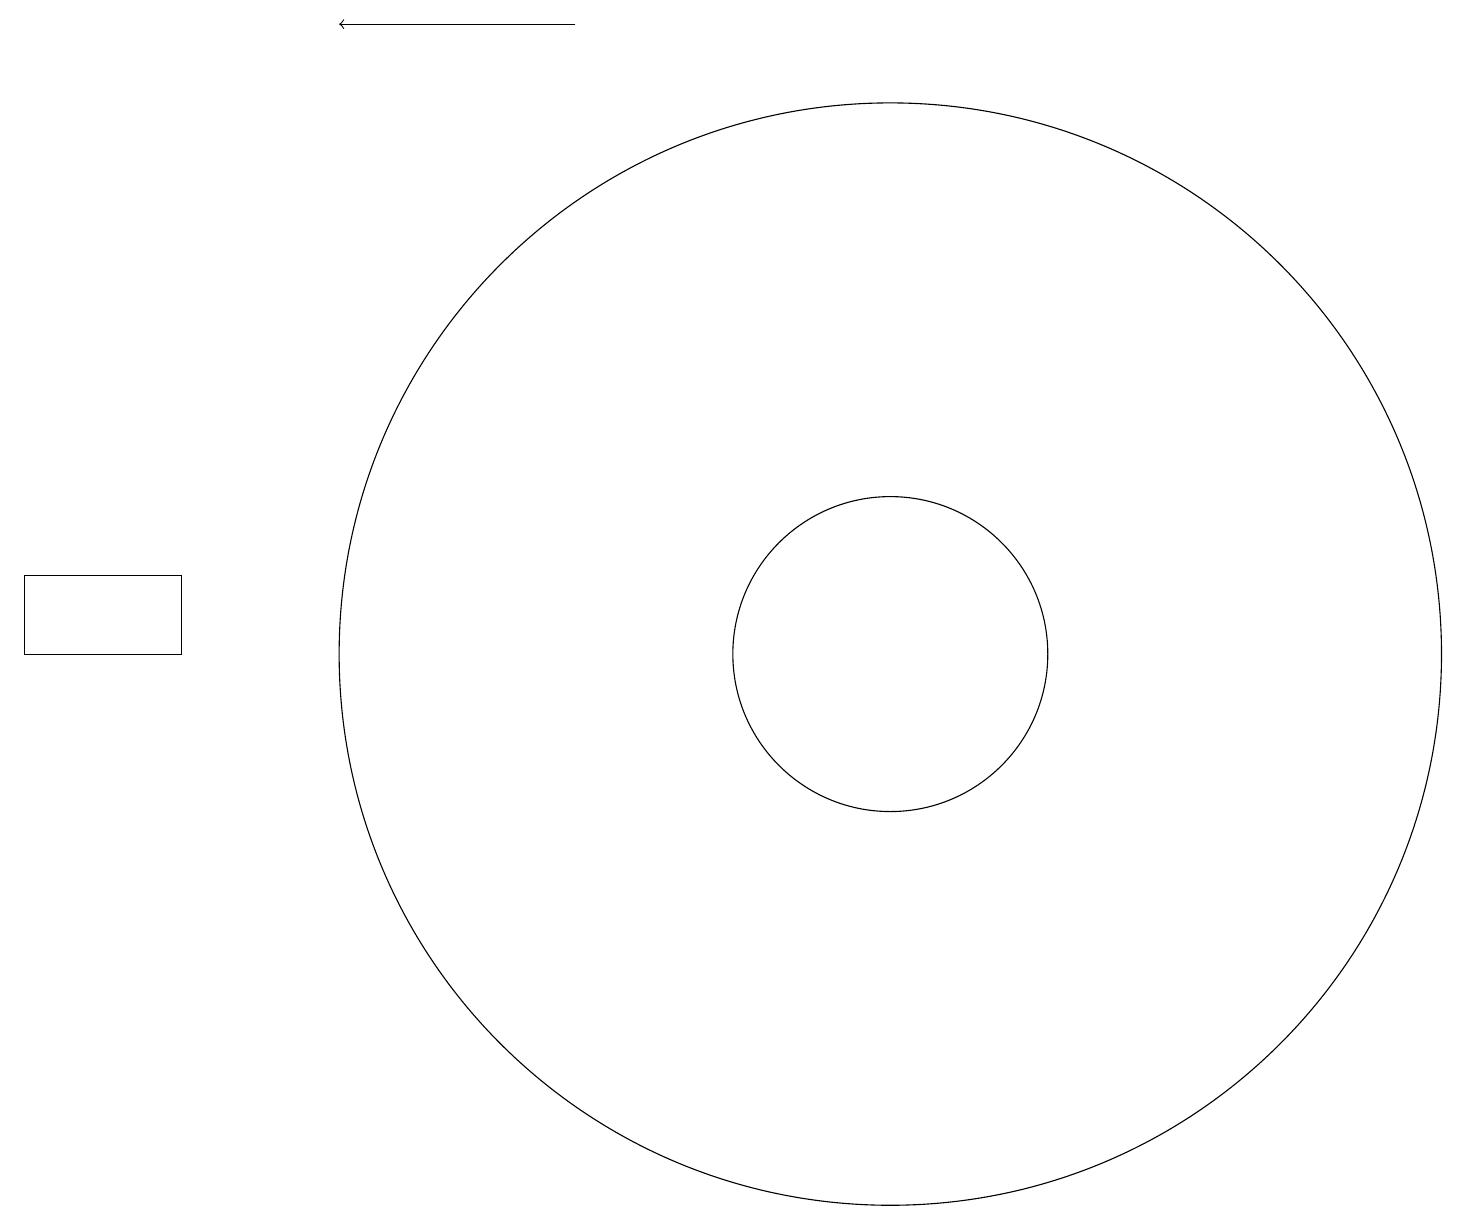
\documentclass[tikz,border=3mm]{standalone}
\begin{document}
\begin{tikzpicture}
\draw[->] (7,18) -- (4,18);
\draw (11,10) circle (2);
\draw (11,10) circle (7);
\draw (2,10) rectangle (0,11);
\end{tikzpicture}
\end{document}